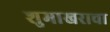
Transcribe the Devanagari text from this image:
शुमाखराचा